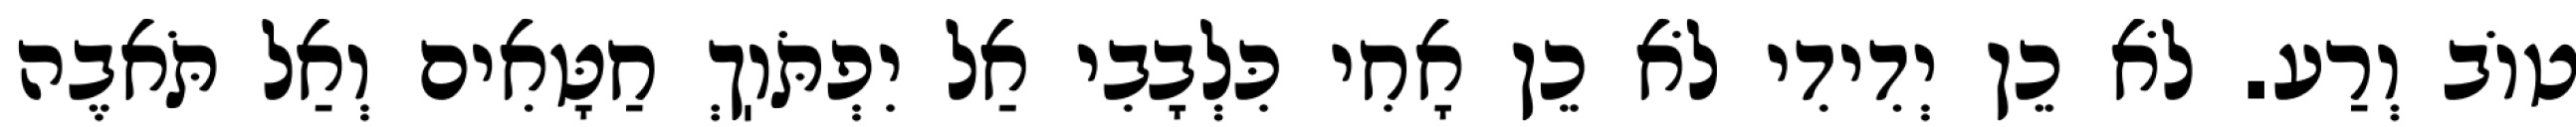
טוֹב וְרַע. לֹא כֵן יְדִידִי לֹא כֵן אָחִי כִּלְבָבִי אַל יִפְתֹּוֽךְ חַטָּאִים וְאַל תֹּאבֶה